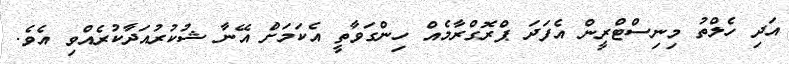
އަދި ހެލްތު މިނިސްޓްރީން އެފަދަ ޕްރޮގްރާމެއް ހިންގަވާތީ އެކަމަށް އޭނާ ޝުކުރުއަދާކުރެއްވި އެވެ.